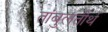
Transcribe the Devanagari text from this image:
तांबुलतीर्थ